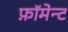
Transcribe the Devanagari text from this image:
फ़ॉमेन्ट